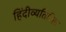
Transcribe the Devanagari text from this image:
हिंदीव्यतिरिक्त